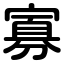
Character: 寡